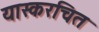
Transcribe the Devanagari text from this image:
यास्करचित